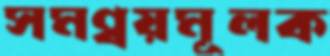
সমন্বয়মূলক